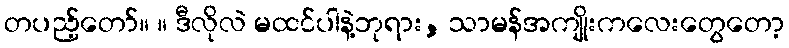
တပည့်တော်။ ။ ဒီလိုလဲ မထင်ပါနဲ့ဘုရား, သာမန်အကျိုးကလေးတွေတော့